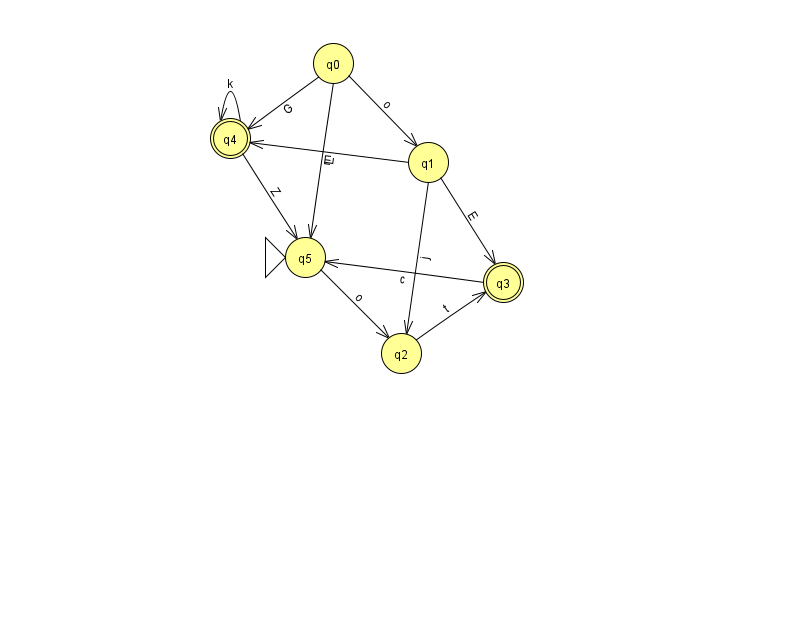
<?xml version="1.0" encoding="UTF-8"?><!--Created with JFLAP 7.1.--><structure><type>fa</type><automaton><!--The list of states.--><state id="0" name="q0"><x>333.0</x><y>50.0</y></state><state id="1" name="q1"><x>428.0</x><y>149.0</y></state><state id="2" name="q2"><x>401.0</x><y>340.0</y></state><state id="3" name="q3"><x>503.0</x><y>269.0</y><final/></state><state id="4" name="q4"><x>230.0</x><y>125.0</y><final/></state><state id="5" name="q5"><x>305.0</x><y>244.0</y><initial/></state><!--The list of transitions.--><transition><from>0</from><to>5</to><read>L</read></transition><transition><from>1</from><to>3</to><read>E</read></transition><transition><from>1</from><to>2</to><read>j</read></transition><transition><from>3</from><to>5</to><read>c</read></transition><transition><from>4</from><to>4</to><read>k</read></transition><transition><from>0</from><to>1</to><read>o</read></transition><transition><from>2</from><to>3</to><read>t</read></transition><transition><from>0</from><to>4</to><read>G</read></transition><transition><from>5</from><to>2</to><read>o</read></transition><transition><from>1</from><to>4</to><read>E</read></transition><transition><from>4</from><to>5</to><read>Z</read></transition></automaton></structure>